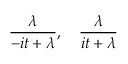
{ \frac { \lambda } { - i t + \lambda } } , \quad { \frac { \lambda } { i t + \lambda } }